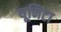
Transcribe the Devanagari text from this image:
यूनिटा